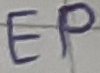
Text: EP